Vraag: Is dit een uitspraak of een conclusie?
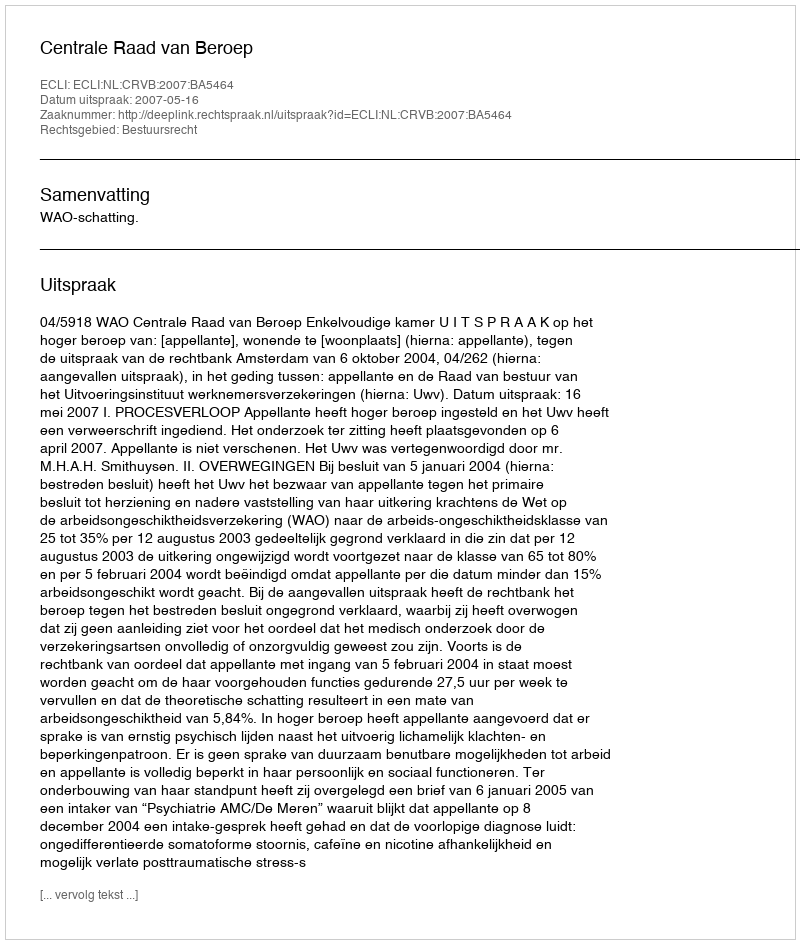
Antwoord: Uitspraak